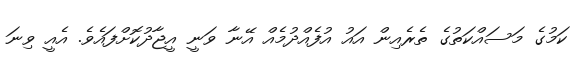
ކަމުގެ މަސައްކަތުގެ ތެރެއިން އައު އުފެއްދުމެއް އޭނާ ވަނީ އީޖާދުކޮށްފައެވެ. އެއީ ވިނަ